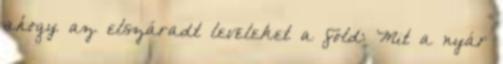
ahogy az elszáradt leveleket a föld: Mit a nyár